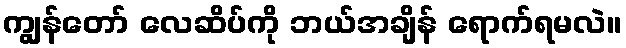
ကျွန်တော် လေဆိပ်ကို ဘယ်အချိန် ရောက်ရမလဲ။